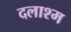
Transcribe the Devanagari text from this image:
दलाश्म